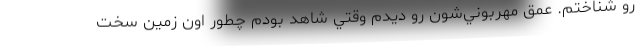
رو شناختم. عمق مهربوني‌شون رو ديدم وقتي شاهد بودم چطور اون زمين سخت